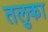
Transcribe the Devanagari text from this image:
तलुका